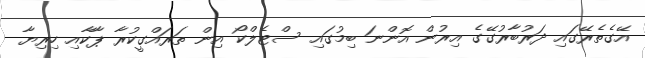
އޭގެތެރޭގައި ދަރުބާރުގޭގެ އިރުން އޮންނަ ބިމުގައި ސްޓެލްކޯ އިން ތަރައްގީކުރާ ޕާކާއި ހިރިޔާ